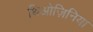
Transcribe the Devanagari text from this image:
थिओज़िनिया